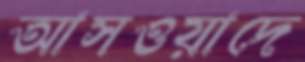
আসওয়াদে